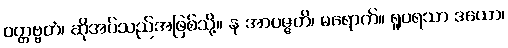
ဝတ္တဗ္ဗတံ၊ ဆိုအပ်သည်အဖြစ်သို့။ န အာပဇ္ဇတိ၊ မရောက်။ ရူပရသာ ဒယော၊